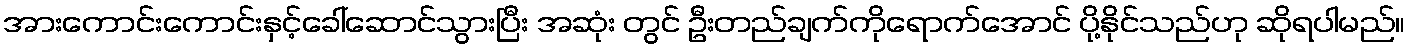
အားကောင်းကောင်းနှင့်ခေါ်ဆောင်သွားပြီး အဆုံး တွင် ဦးတည်ချက်ကိုရောက်အောင် ပို့နိုင်သည်ဟု ဆိုရပါမည်။